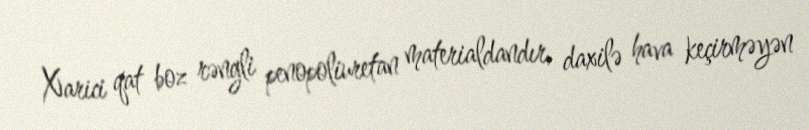
Xarici qat boz rəngli penopoliuretan materialdandır, daxilə hava keçirməyən